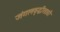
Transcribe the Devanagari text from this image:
जंगलवृद्धीसाठी